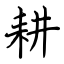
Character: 耕